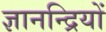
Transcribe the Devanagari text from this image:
ज्ञानन्द्रियों